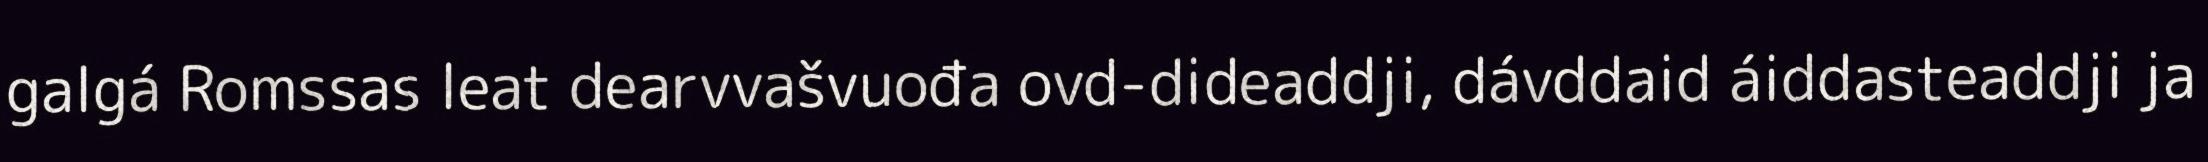
galgá Romssas leat dearvvašvuođa ovd-dideaddji, dávddaid áiddasteaddji ja